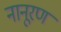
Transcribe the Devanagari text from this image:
नानूरण